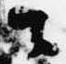
々